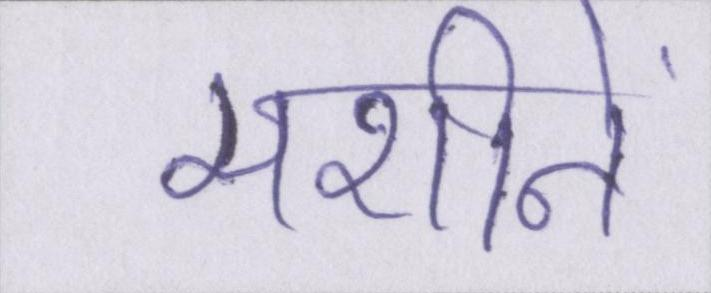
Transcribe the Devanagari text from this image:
मशीनें